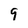
Character: 9